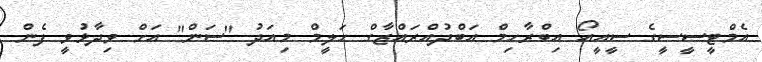
އެމްޓީސީސީގެ ސީއީއޯ އިބްރާހިމް އަބްދުއްރައްޒާގް ހަލީމް މިއަދު "ސަން" އަށް ވިދާޅުވީ ފެން